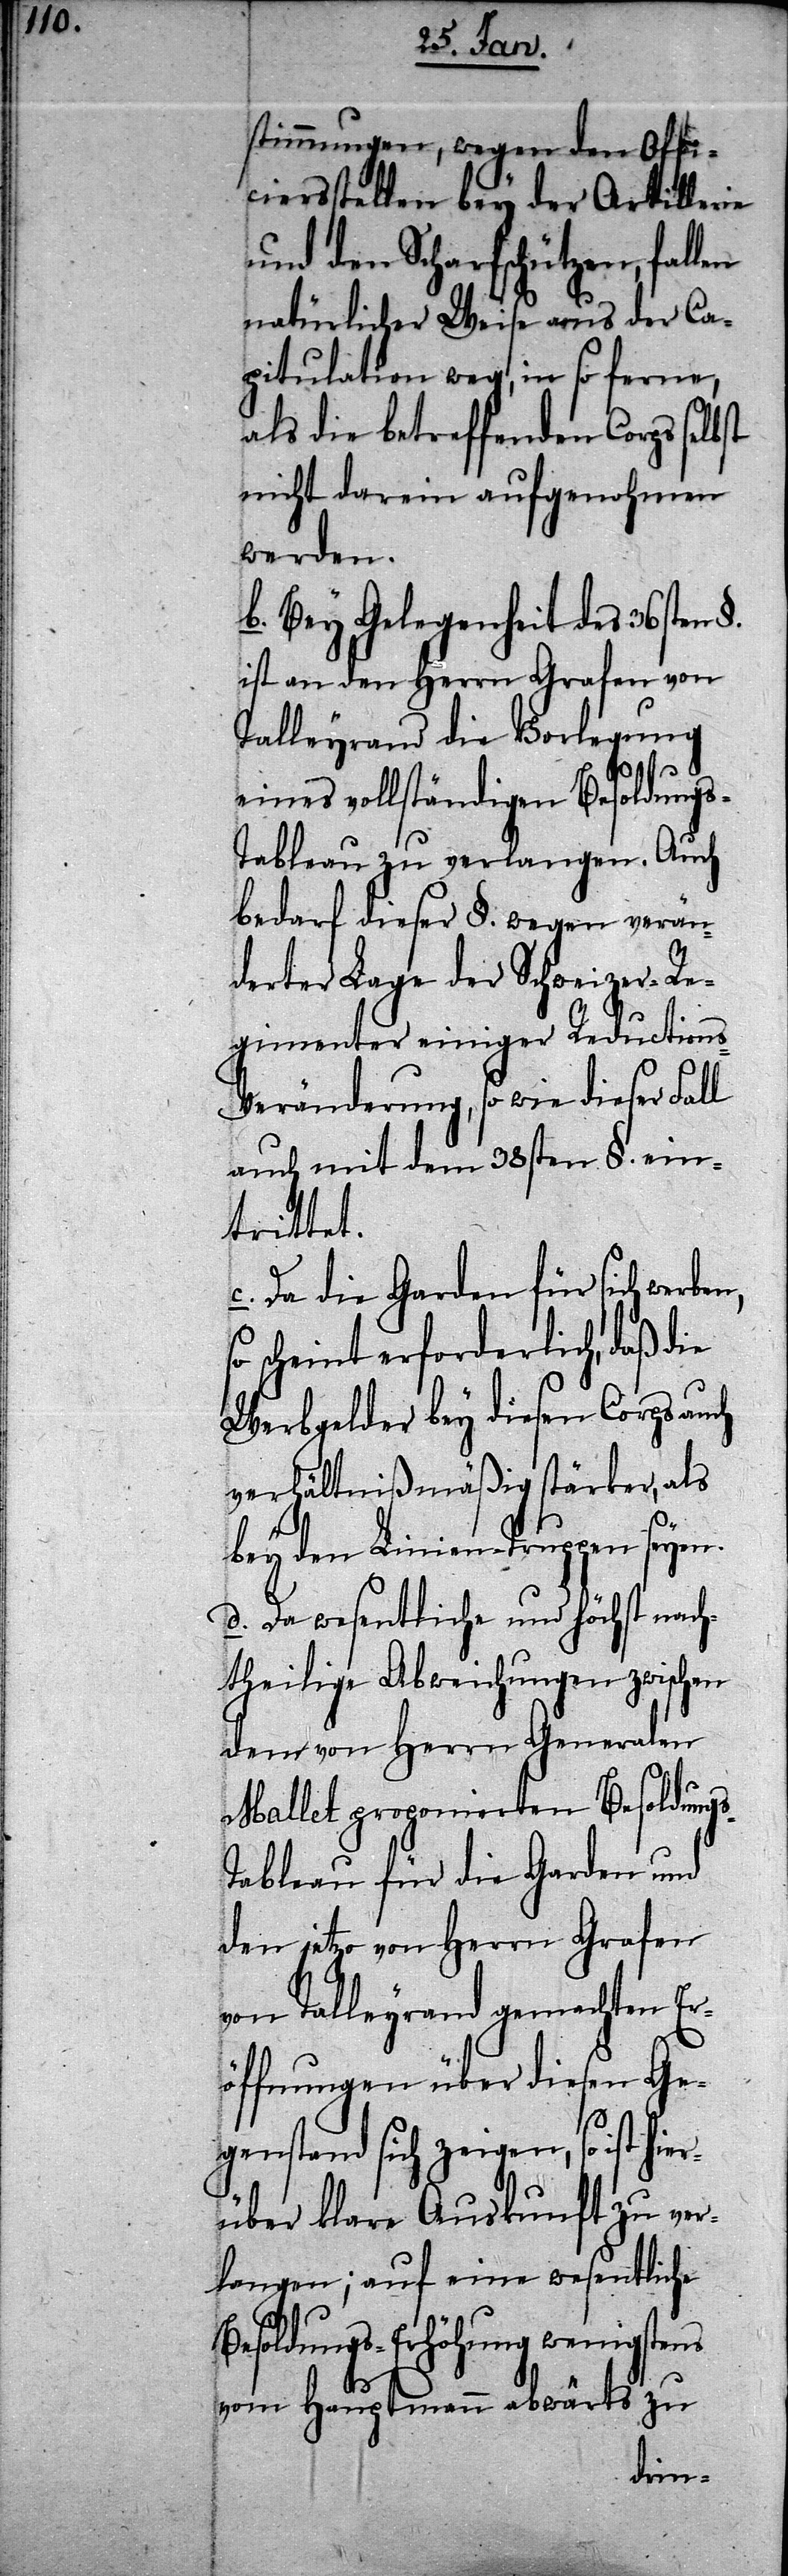
stimmungen, wegen den Offi¬
ciersstellen bey der Artillerie
und den Scharfschützen, fal¬
natürlicher Weise aus der Ca¬
pitulation weg, in so ferne,
als die betreffenden Corps
nicht darein aufgenohmen
werden.
b. Bey Gelegenheit des 36sten
ist an den Herrn Grafen von
Talleyrand die Vorlegung
eines vollständigen Besoldung¬
s-Tableau zu verlangen. Auch
bedarf dieser §. wegen verän¬
derter Lage der Schweizer-Re¬
gimenter einiger Reductions-V¬
eränderung, so wie dieser Fall
auch mit dem 38sten §. ein¬
trittet.
c. Da die Garden für sich wer¬
scheint erforderlich, daß die
Werbgelder bey diesen Corps auch
verhältnißmäßig stärker, als
bey den Linien-Truppen seyen.
d. Da wesentliche und höchst nach¬
theilige Abweichungen zwischen
dem von Herrn Generalen
Mallet proponierten Besoldung¬
s-Tableau für die Garden und
den jetzo von Herrn Grafen
von Talleyrand gemachten Er¬
öffnungen über diesen Ge¬
genstand sich zeigen, so ist hie¬
rüber klare Auskunft zu ver¬
langen; auf eine wesentliche
Besoldungs-Erhöhung wenigstens
vom Hauptmann abwärts zu
ben,